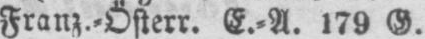
Franz.⸗Österr. E.⸗A. 179 G.